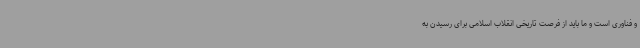
و فناوری است و ما باید از فرصت تاریخی انقلاب اسلامی برای رسیدن به